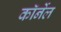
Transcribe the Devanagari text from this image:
काॅर्नेल